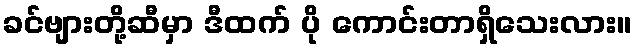
ခင်ဗျားတို့ဆီမှာ ဒီထက် ပို ကောင်းတာရှိသေးလား။